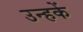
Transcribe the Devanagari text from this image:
उन्हकें